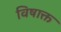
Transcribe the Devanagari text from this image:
विषाक्त